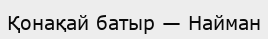
Қонақай батыр — Найман